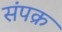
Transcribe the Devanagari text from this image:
संपक्र